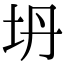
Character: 坍